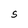
Character: S